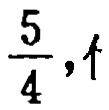
$\frac{5}{4},1$